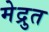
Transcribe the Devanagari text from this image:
मेद्रुत